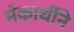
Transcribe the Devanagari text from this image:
मॅकार्थीने